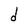
Character: d